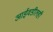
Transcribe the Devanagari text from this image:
आईवडीलही